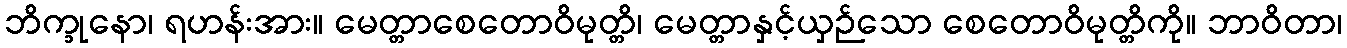
ဘိက္ခုနော၊ ရဟန်းအား။ မေတ္တာစေတောဝိမုတ္တိ၊ မေတ္တာနှင့်ယှဉ်သော စေတောဝိမုတ္တိကို။ ဘာဝိတာ၊